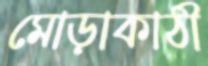
মোড়াকাঠী